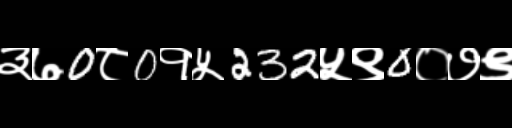
Text: ३७0८0१५232५९0०७९